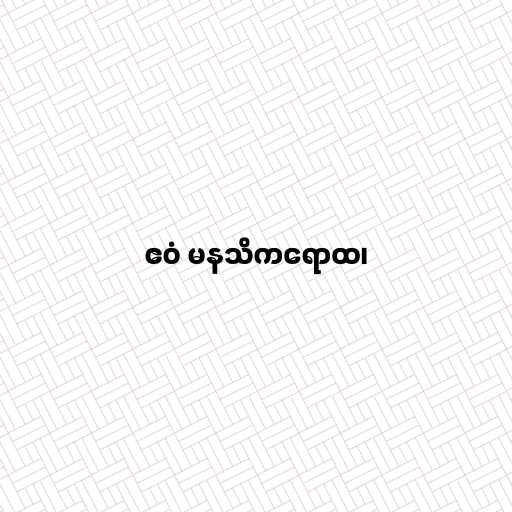
ဧဝံ မနသိကရောထ၊